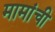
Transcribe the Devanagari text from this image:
मामांची